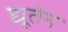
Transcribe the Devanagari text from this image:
द्यूतेन